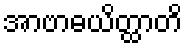
အာဗာဓယိတ္ထာတိ